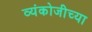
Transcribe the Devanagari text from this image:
व्यंकोजीच्या